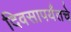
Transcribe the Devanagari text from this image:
दिवसापर्यंतचे